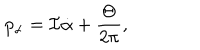
p _ { \alpha } = { \cal I } \dot { \alpha } + \frac { \Theta } { 2 \pi } ,